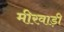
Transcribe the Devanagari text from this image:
मीरवाड़ी